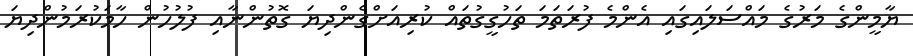
ޔާމީންގެ މަރުގެ މައްސަލައިގައި އެންމެ ފުރަތަމަ ތަހުގީގުތައް ކުރިއަށްގެންދިޔަ ގޮތުންނާއި ފުލުހުން ހާމަކުރަމުންދިޔަ